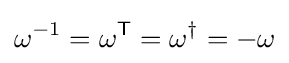
\omega ^{-1}=\omega ^{\textsf {T}}=\omega ^{\dagger }=-\omega